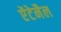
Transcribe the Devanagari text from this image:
ऐंटेनैल